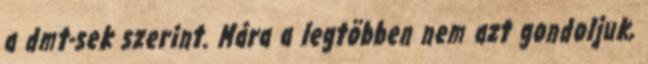
a dmt-sek szerint. Mára a legtöbben nem azt gondoljuk,